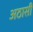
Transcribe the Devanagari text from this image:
अठासी